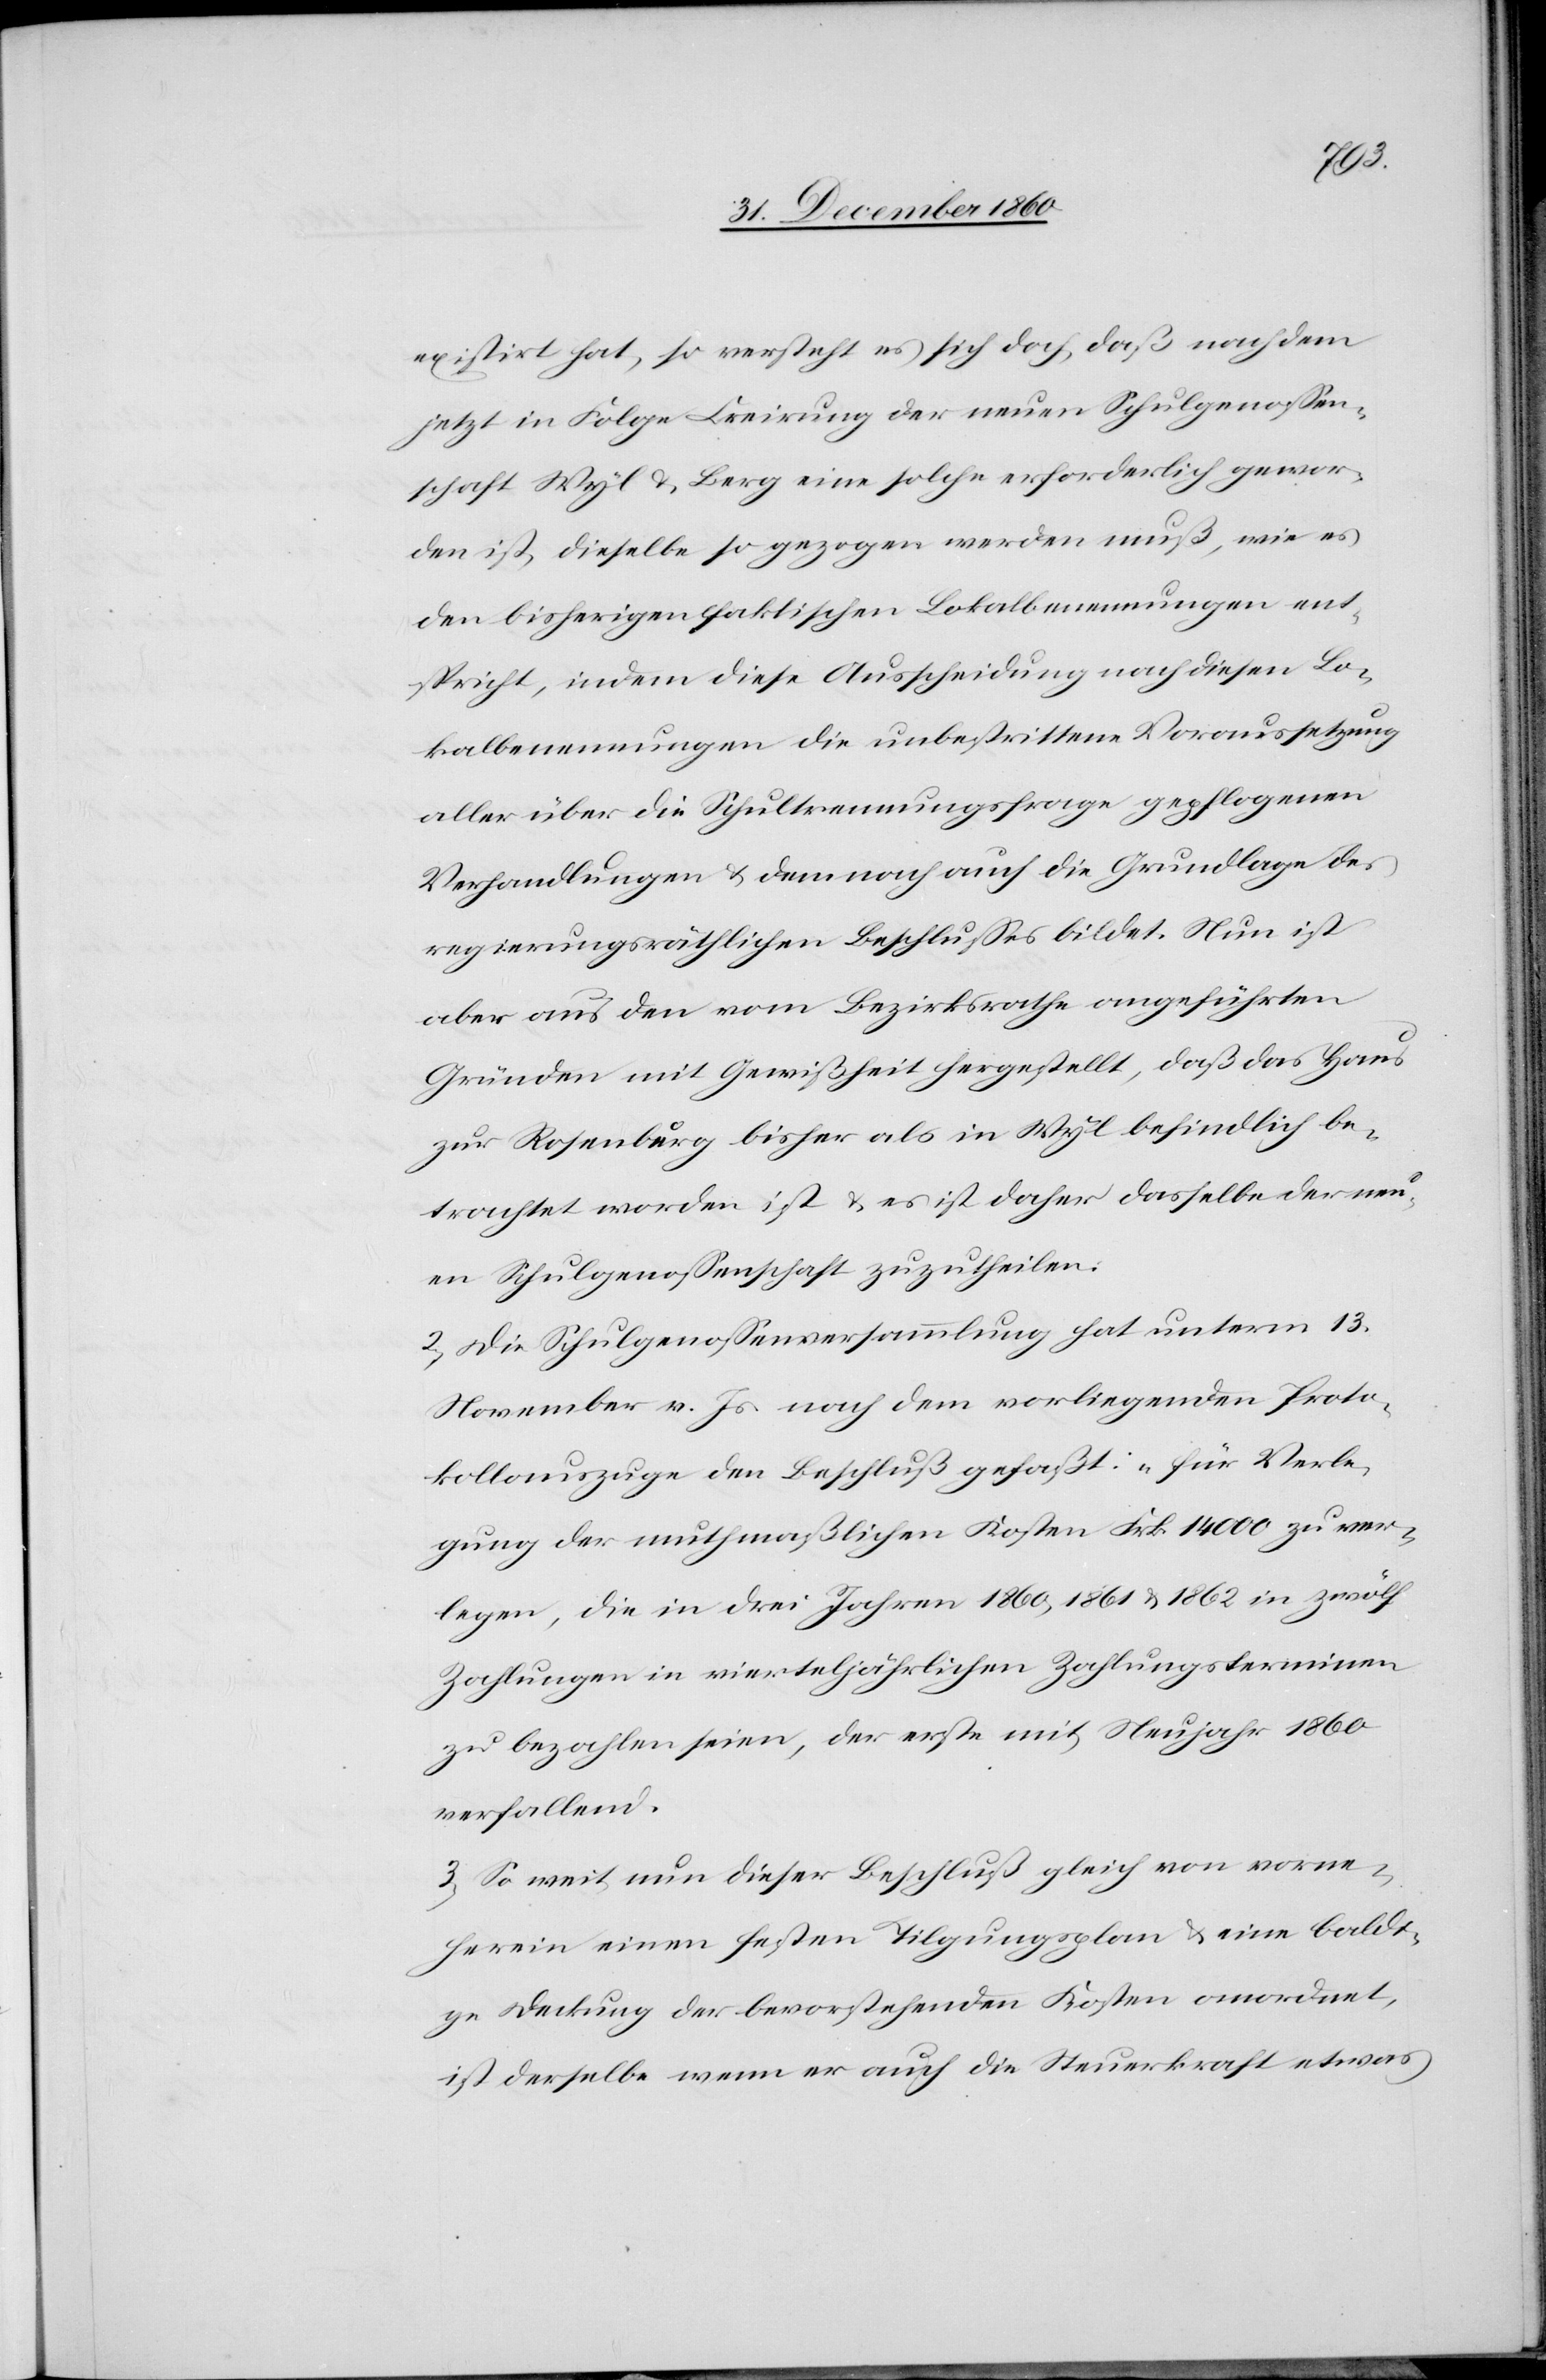
existirt hat, so versteht es ich doch, daß nachdem
jetzt in Folge Creirung der neuen Schulgenossen¬
schaft Wyl u. Berg eine solche erforderlich gewor¬
den ist, dieselbe so gezogen werden muß, wie es
den bisherigen faktischen Lokalbenennungen ent¬
spricht, indem diese Ausscheidung nach diesen Lo¬
kalbenennungen die unbestrittene Voraussetzung
aller über die Schultrennungsfrage gepflogenen
Verhandlungen u. dennoch auch die Grundlage des
regierungsräthlichen Beschlusses bildet. Nun ist
aber aus den vom Bezirksrathe angeführten
Gründen mit Gewißheit hergestellt, daß das Haus
zur Rosenburg bisher als in Wyl befindlich be¬
trachtet worden ist u. es ist daher dasselbe der neu¬
en Schulgenossenschaft zuzutheilen.
2. Die Schulgenossenversammlung hat unterm 13.
November v. Js. nach dem vorliegenden Proto¬
kollauszuge den Beschluß gefaßt: „für Verle¬
gung der muthmaßlichen Kosten Frk. 14 000 zu ver¬
legen, die in drei Jahren 1860m 1861 u. 1862 in zwölf
Zahlungen in vierteljährlichen Zahlungsterminen
zu bezahlen seien, der erste mit Neujahr 1860
verfallend.[“]
3. So weit nun dieser Beschluß gleich von vorne¬
herein einen festen Tilgungsplan u. eine baldi¬
ge Deckung der bevorstehenden Kosten anordnet,
ist derselbe wenn er auch die Steuerkraft etwas